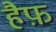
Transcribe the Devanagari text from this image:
हैफ़